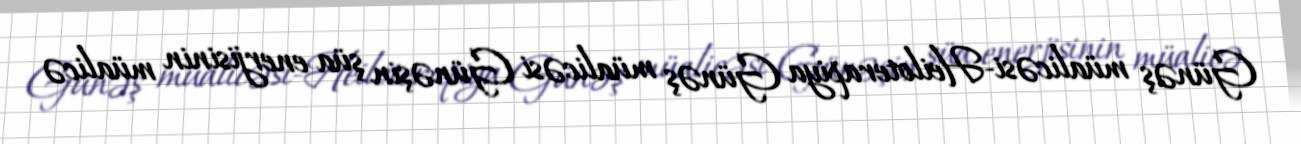
Günəş müalicəsi-Heiloterapiya Günəş müalicəsi Günəşin şüa enerjisinin müalicə